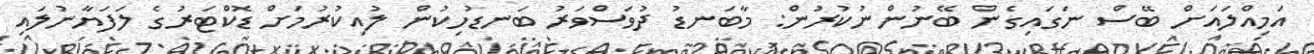
އަމިއްލައަށް ބޭސް ނަގައިގެން ބޭނުންނުކުރުން: މާބަނޑު ދުވަސްވަރު ބަނޑުހިކުން ލުއިކުރުމަށް ޑޮކްޓަރުގެ ލަފަޔާނުލައި